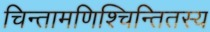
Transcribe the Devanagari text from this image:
चिन्तामणिश्चिन्तितस्य